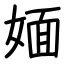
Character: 媔